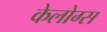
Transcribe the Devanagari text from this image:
केलोग्स